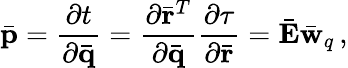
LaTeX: \bar{\mathbf p}=\frac{\partial t}{\partial\bar{\mathbf q}}=\frac{\partial\bar{\mathbf r}^{T}}{\partial\bar{\mathbf q}}\frac{\partial\tau}{\partial\bar{\mathbf r}}=\bar{\mathbf E}\bar{\mathbf w}_{q}\, ,